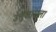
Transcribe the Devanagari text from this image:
उत्तुजाराला